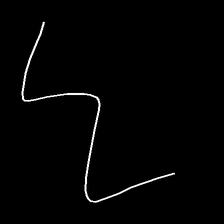
Glyph: crush